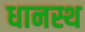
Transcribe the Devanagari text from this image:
धानस्थ